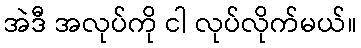
အဲဒီ အလုပ်ကို ငါ လုပ်လိုက်မယ်။